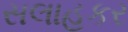
સલાહકર